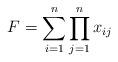
LaTeX: \begin{align*}F=\sum_{i=1}^n \prod_{j=1}^n x_{ij}\end{align*}